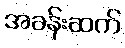
အခန်းဆက်